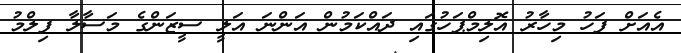
އެއަށް ފަހު މިހާރު އޮލިމްޕަހުގައި ދައްކަމުން އަންނަ އަލީ ސީޒަންގެ މަސާލާ ފިލްމު